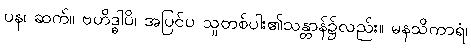
ပန၊ ဆက်။ ဗဟိဒ္ဓါပိ၊ အပြင်ပ သူတစ်ပါး၏သန္တာန်၌လည်း။ မနသိကာရံ၊